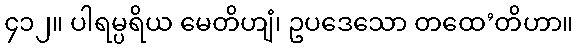
၄၁၂။ ပါရမ္ပရိယ မေတိဟျံ၊ ဥပဒေသော တထေ’တိဟာ။